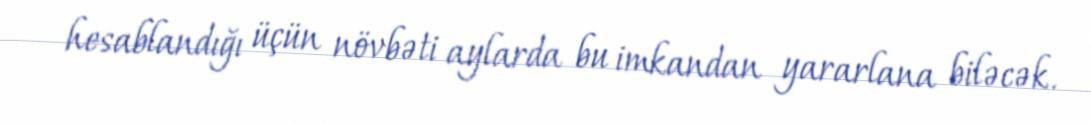
hesablandığı üçün növbəti aylarda bu imkandan yararlana biləcək.